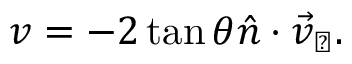
v = - 2 \tan \theta \hat { n } \cdot \vec { v } _ { \perp } .